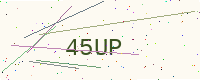
Text: 45UP